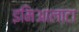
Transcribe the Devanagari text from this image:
इमिआलाटा